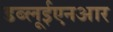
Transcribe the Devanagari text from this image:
डब्लूईएनआर